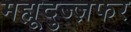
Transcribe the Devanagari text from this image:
मह्मूदुज्ज़फर